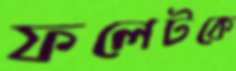
ফলেটকে